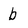
Character: b